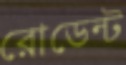
রোডেন্ট